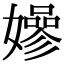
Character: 𡣏